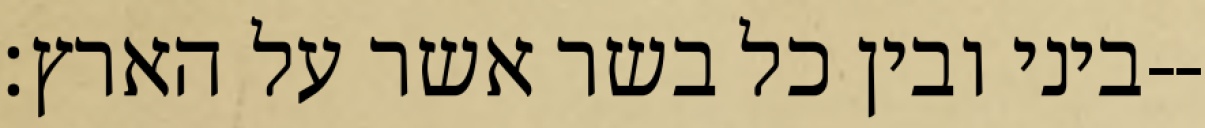
ביני ובין כל בשר אשר על הארץ׃--